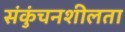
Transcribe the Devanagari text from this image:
संकुंचनशीलता